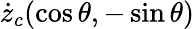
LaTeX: \dot{z}_{c}(\cos\theta,-\sin\theta)